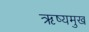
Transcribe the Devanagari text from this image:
ऋष्यमुख